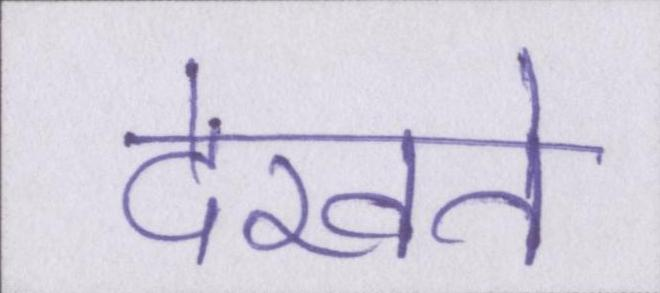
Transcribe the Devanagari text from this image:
देखते